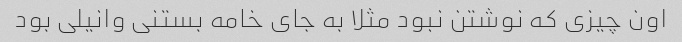
اون چیزی که نوشتن نبود مثلا به جای خامه بستنی وانیلی بود